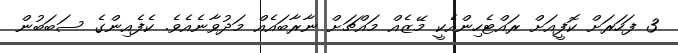
3 ފަހަރަށް ކޮފީއަށް ރައްޓެހިންއެކީ މޭޒެއް މައްޗަށް ނާރާބައެއް މަދުވާނެއެވެ. ކެފެއިންގެ ސަބަބުން